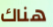
هناك